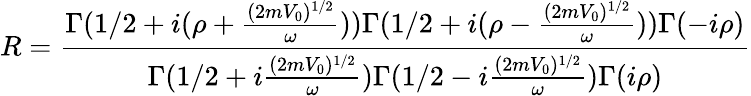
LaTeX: R=\frac{\Gamma(1/2+i(\rho+\frac{(2mV_{0})^{1/2}}{\omega}))\Gamma(1/2+i(\rho-\frac{(2mV_{0})^{1/2}}{\omega}))\Gamma(-i\rho)}{\Gamma(1/2+i\frac{(2mV_{0})^{1/2}}{\omega})\Gamma(1/2-i\frac{(2mV_{0})^{1/2}}{\omega})\Gamma(i\rho)}